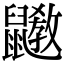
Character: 𪖄